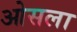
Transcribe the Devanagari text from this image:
ओसला